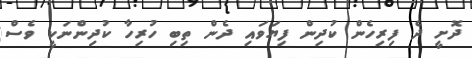
ދޮށީ ދެ ފިރިހެން ކުދިން ފިޔަވައި ދެން ތިބި ހުރިހާ ކުދިންނަކީ ވެސް